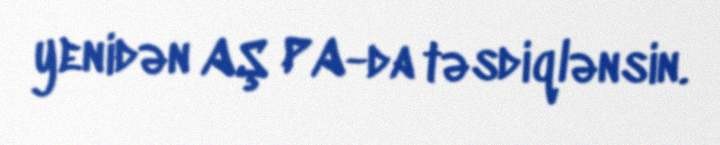
yenidən AŞ PA-da təsdiqlənsin.